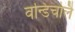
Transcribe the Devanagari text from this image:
वन्डिचोलै